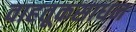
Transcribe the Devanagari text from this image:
वाहतूकसाधन